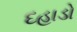
દહાડો